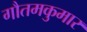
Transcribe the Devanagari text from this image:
गौतमकुमार